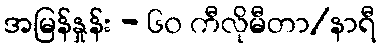
အမြန်နှုန်း - ၆၀ ကီလိုမီတာ/နာရီ